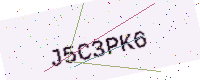
Text: J5C3PK6